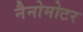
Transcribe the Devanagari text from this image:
नैनोमोटर